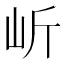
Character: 岓